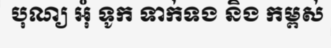
បុណ្យ អុំ ទូក ទាក់ទង និង កម្ពស់